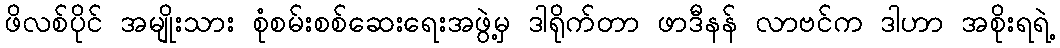
ဖိလစ်ပိုင် အမျိုးသား စုံစမ်းစစ်ဆေးရေးအဖွဲ့မှ ဒါရိုက်တာ ဖာဒီနန် လာဗင်က ဒါဟာ အစိုးရရဲ့